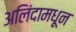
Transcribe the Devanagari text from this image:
अलिंदामधून